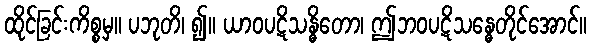
ထိုင်ခြင်းကိစ္စမှ။ ပဘုတိ၊ ၍။ ယာဝပဋိသန္ဓိတော၊ ဤဘဝပဋိသန္ဓေတိုင်အောင်။